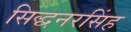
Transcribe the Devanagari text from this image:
सिद्धनरसिंह